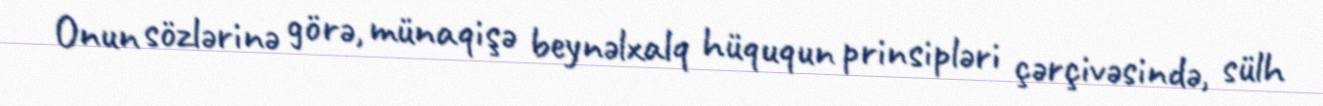
Onun sözlərinə görə, münaqişə beynəlxalq hüququn prinsipləri çərçivəsində, sülh